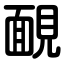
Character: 靦